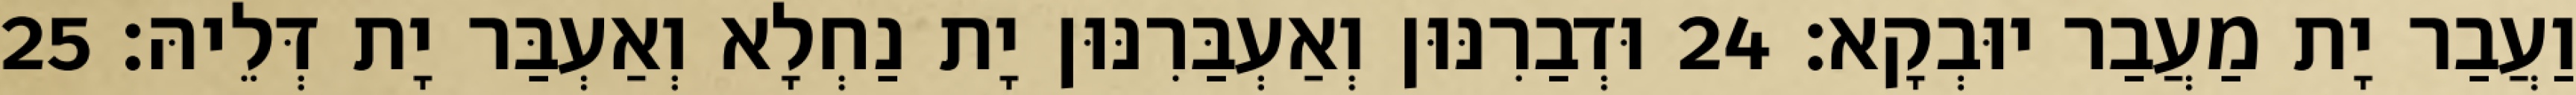
וַעֲבַר יָת מַעֲבַר יוּבְקָא׃ 24 וּדְבַרִנּוּן וְאַעְבַּרִנּוּן יָת נַחְלָא וְאַעְבַּר יָת דְּלֵיהּ׃ 25